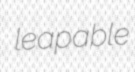
leapable